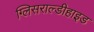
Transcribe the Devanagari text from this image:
ग्लिसराल्डीहाइड